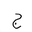
Letter: _gim